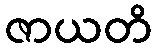
ဇာယတိ